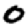
Digit: 0